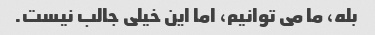
بله، ما می توانیم، اما این خیلی جالب نیست.